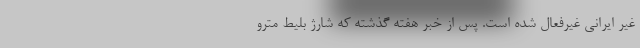
غیر ایرانی غیرفعال شده است. پس از خبر هفته گذشته که شارژ بلیط مترو